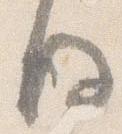
後